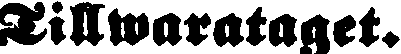
Tillwarataget.